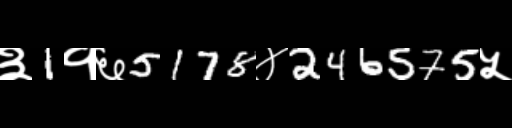
Text: ३1१६5178४246575५